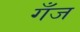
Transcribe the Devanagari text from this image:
गँज